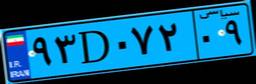
۹۳D۰۷۲۰۹